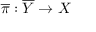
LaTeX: { \overline { { \pi } } } : { \overline { { Y } } } \to X